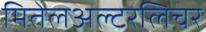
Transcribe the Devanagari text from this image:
मितेलअल्टरलिचर